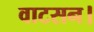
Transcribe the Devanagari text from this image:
वाटसन।